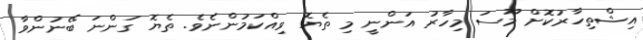
އިޝްތިހާރުކޮށް މޫސަ މިހާރު އަންނީ މި ތެޔޮ ވިއްކަމުންނެވެ. ތެޔޮ ގަންނަ ބޭނުންވާ